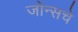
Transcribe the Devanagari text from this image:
जोन्सचे